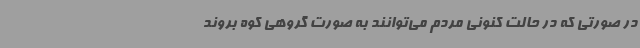
در صورتی ‌که در حالت کنونی مردم می‌توانند به صورت گروهی کوه بروند